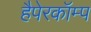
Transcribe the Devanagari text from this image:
हैपेरकॉम्प